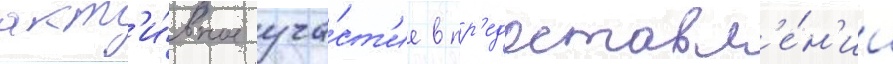
акт'и́вное уча́ст'ие в пр'едоставл'е́н'ии